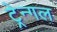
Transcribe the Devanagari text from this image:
ट्रेन्गल